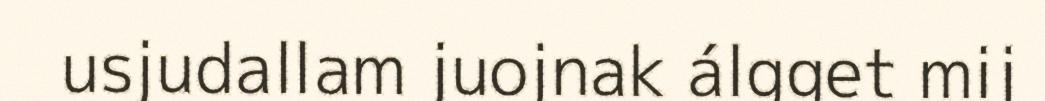
usjudallam juojnak álgget mij